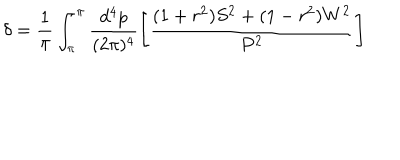
\delta = \frac { 1 } { \pi } \int _ { \pi } ^ { \pi } \frac { d ^ { 4 } p } { ( 2 \pi ) ^ { 4 } } \left[ \frac { ( 1 + r ^ { 2 } ) S ^ { 2 } + ( 1 - r ^ { 2 } ) W ^ { 2 } } { P ^ { 2 } } \right]